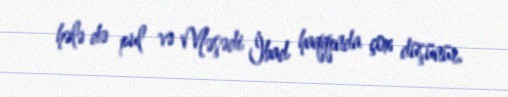
hələ də pul və Məşədi İbad haqqında çox düşünür.